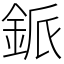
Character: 䤨